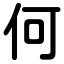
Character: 何